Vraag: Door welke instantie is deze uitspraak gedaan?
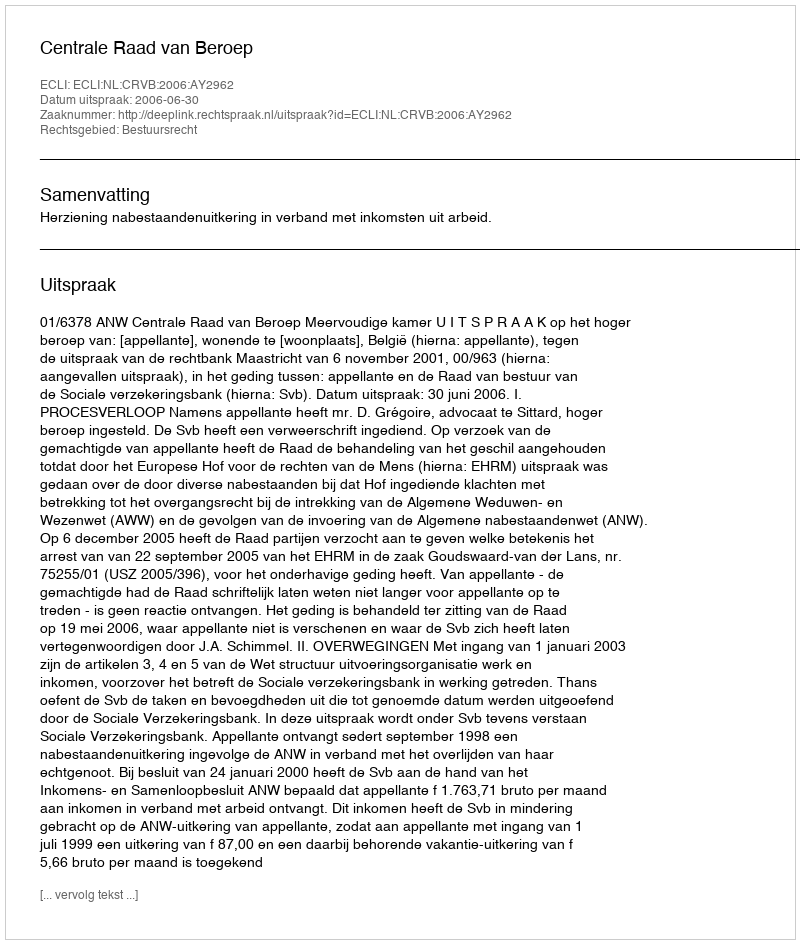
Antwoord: Centrale Raad van Beroep